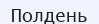
Полдень